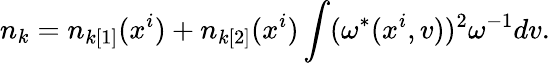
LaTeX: n_{k}=n_{k[1]}(x^{i})+n_{k[2]}(x^{i})\int(\omega^{*}(x^{i},v))^{2}\omega^{-1}dv.